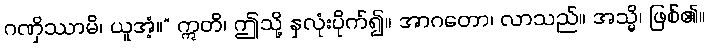
ဂဏှိဿာမိ၊ ယူအံ့။” ဣတိ၊ ဤသို့ နှလုံးပိုက်၍။ အာဂတော၊ လာသည်။ အသ္မိ၊ ဖြစ်၏။